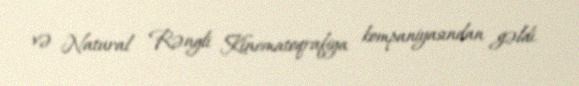
və Natural Rəngli Kinematoqrafiya kompaniyasından gəldi.